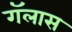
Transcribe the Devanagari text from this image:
गॅलास